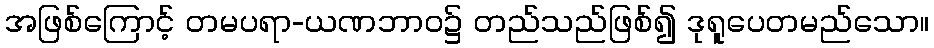
အဖြစ်ကြောင့် တမပရာ-ယဏဘာဝ၌ တည်သည်ဖြစ်၍ ဒုရူပေတမည်သော။